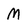
Character: M